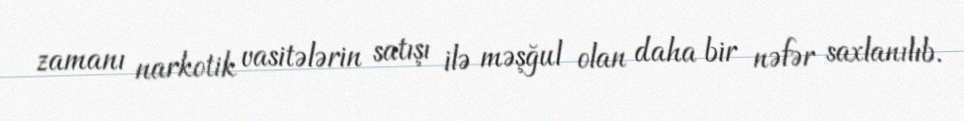
zamanı narkotik vasitələrin satışı ilə məşğul olan daha bir nəfər saxlanılıb.